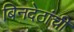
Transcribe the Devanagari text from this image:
बिनदेठांची